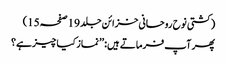
(کشتی نوح روحانی خزائن جلد 19صفحہ15)
پھر آپ فرماتے ہیں: ’’نماز کیا چیز ہے؟